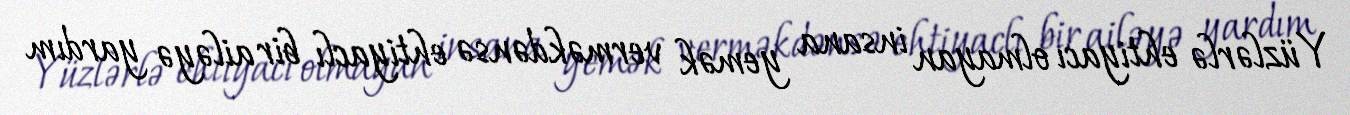
Yüzlərlə ehtiyacı olmayan insana yemək verməkdənsə ehtiyaclı bir ailəyə yardım